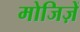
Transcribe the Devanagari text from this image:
मोजिज़ें